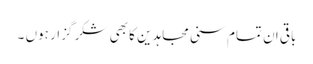
باقی ان تمام سنی مجاہدین کا بھی شکر گزار ہوں ۔